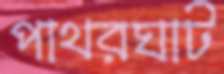
পাথরঘাট